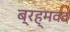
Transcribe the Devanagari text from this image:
ब्रह्मवद